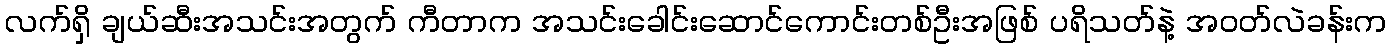
လက်ရှိ ချယ်ဆီးအသင်းအတွက် ကီတာက အသင်းခေါင်းဆောင်ကောင်းတစ်ဦးအဖြစ် ပရိသတ်နဲ့ အဝတ်လဲခန်းက